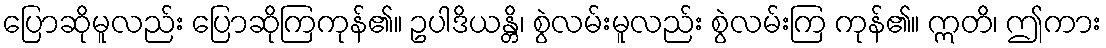
ပြောဆိုမူလည်း ပြောဆိုကြကုန်၏။ ဥပါဒိယန္တိ၊ စွဲလမ်းမူလည်း စွဲလမ်းကြ ကုန်၏။ ဣတိ၊ ဤကား